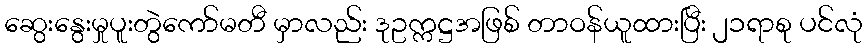
ဆွေးနွေးမှုပူးတွဲကော်မတီ မှာလည်း ဒုဥက္ကဋ္ဌအဖြစ် တာဝန်ယူထားပြီး ၂၁ရာစု ပင်လုံ